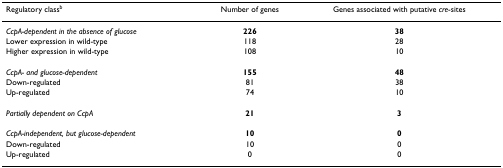
<table><thead><tr><td><b>Regulatory class<sup>b</sup></b></td><td><b>Number of genes</b></td><td><b>Genes associated with putative <i>cre</i>-sites</b></td></tr></thead><tbody><tr><td><i>CcpA-dependent in the absence of glucose</i></td><td><b>226</b></td><td><b>38</b></td></tr><tr><td>Lower expression in wild-type</td><td>118</td><td>28</td></tr><tr><td>Higher expression in wild-type</td><td>108</td><td>10</td></tr><tr><td><i>CcpA- and glucose-dependent</i></td><td><b>155</b></td><td><b>48</b></td></tr><tr><td>Down-regulated</td><td>81</td><td>38</td></tr><tr><td>Up-regulated</td><td>74</td><td>10</td></tr><tr><td><i>Partially dependent on CcpA</i></td><td><b>21</b></td><td><b>3</b></td></tr><tr><td><i>CcpA-independent, but glucose-dependent</i></td><td><b>10</b></td><td><b>0</b></td></tr><tr><td>Down-regulated</td><td>10</td><td>0</td></tr><tr><td>Up-regulated</td><td>0</td><td>0</td></tr></tbody></table>